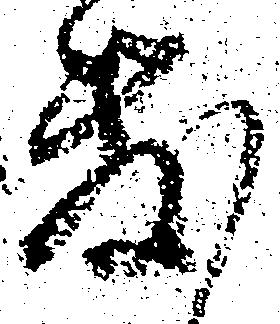
敷